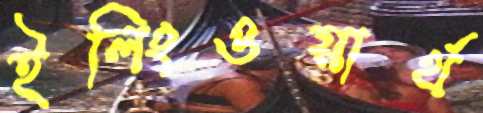
ইলিংওয়ার্থ